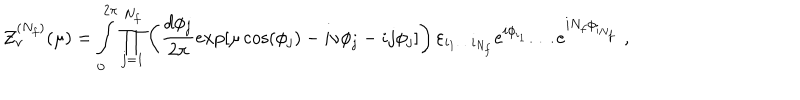
{ \cal Z } _ { \nu } ^ { ( N _ { f } ) } ( \mu ) = \int _ { 0 } ^ { 2 \pi } \prod _ { j = 1 } ^ { N _ { f } } \left( \frac { d \phi _ { j } } { 2 \pi } \exp \left[ \mu \cos ( \phi _ { j } ) - i \nu \phi _ { j } - i j \phi _ { j } \right] \right) \varepsilon _ { i _ { 1 } \ldots i _ { N _ { f } } } e ^ { i \phi _ { i _ { 1 } } } \ldots e ^ { i N _ { f } \phi _ { i _ { N _ { f } } } } \; ,